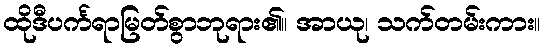
ထိုဒီပင်္ကရာမြတ်စွာဘုရား၏။ အာယု၊ သက်တမ်းကား။